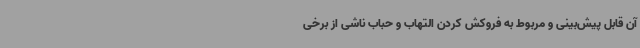
آن قابل پیش‌بینی و مربوط به فروکش کردن التهاب و حباب ناشی از برخی